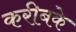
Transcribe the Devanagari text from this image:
करीबके